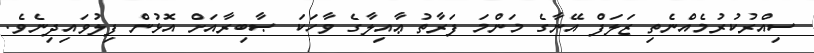
ސިއްރުކުރުމެއްނެތި ޒަލަފް އޭނާގެ މަންމަ ފަރާތު ޢާއިލާގެ ވާހަކަ ޞާބިރާއަށް އޮޅުން ފިލުވައިދިނެވެ.